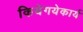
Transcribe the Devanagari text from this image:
कियेगयेकार्य